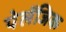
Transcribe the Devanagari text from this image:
पेलॅजिक